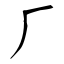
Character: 厂